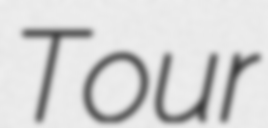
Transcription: Tour